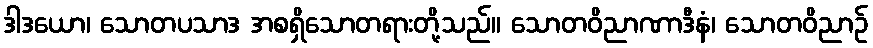
ဒါဒယော၊ သောတပသာဒ အစရှိသောတရားတို့သည်။ သောတဝိညာဏာဒီနံ၊ သောတဝိညာဉ်